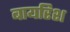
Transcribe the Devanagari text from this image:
बायरिश